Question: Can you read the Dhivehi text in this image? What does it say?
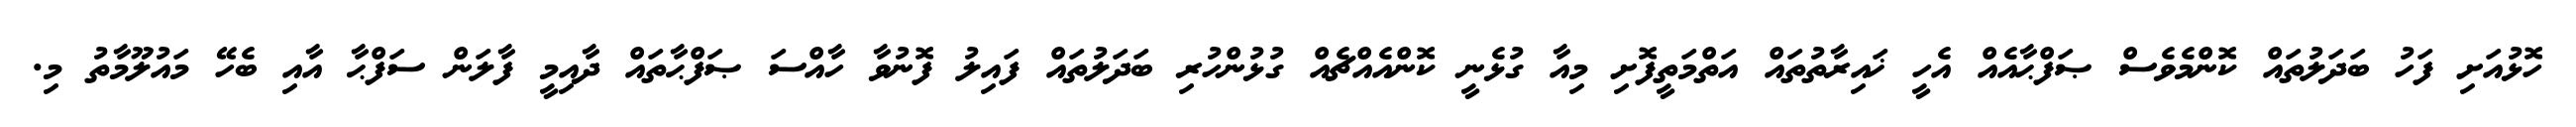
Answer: ހޮޅުއަށި ފަހު ބަދަލުތައް ކޮންމެވެސް ޞަފްޙާއެއް އެހީ ޚައިރާތުތައް އަތްމަތީފޮށި މިއާ ގުޅެނީ ކޮންއެއްޗެއް ގުޅުންހުރި ބަދަލުތައް ފައިލު ފޮނުވާ ހާއްސަ ޞަފްޙާތައް ދާއިމީ ފާލަން ސަފްޙާ އާއި ބެހޭ މައުލޫމާތު މި.